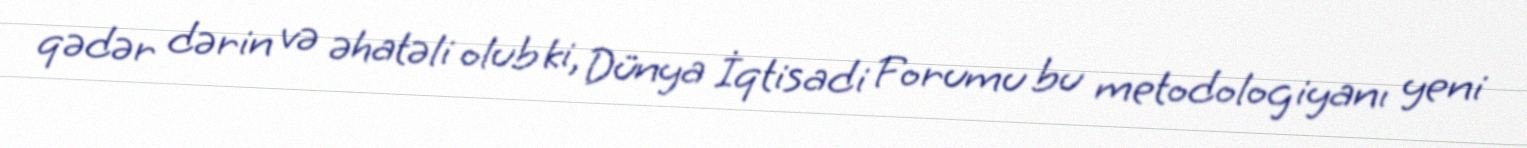
qədər dərin və əhatəli olub ki, Dünya İqtisadi Forumu bu metodologiyanı yeni